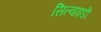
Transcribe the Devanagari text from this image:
सिल्वाइडी